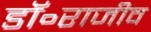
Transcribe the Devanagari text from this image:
डॉ॰राजीव